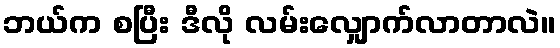
ဘယ်က စပြီး ဒီလို လမ်းလျှောက်လာတာလဲ။